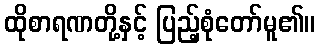
ထိုစာရဏတို့နှင့် ပြည့်စုံတော်မူ၏။